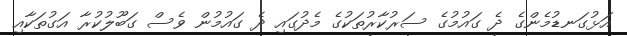
އަޅުގަނޑުމެންގެ ދެ ގައުމުގެ ސަރުކާރުތަކުގެ މެދުގައި ދެ ގައުމުން ވެސް ގަބޫލުކުރާ އަގުތަކާއި